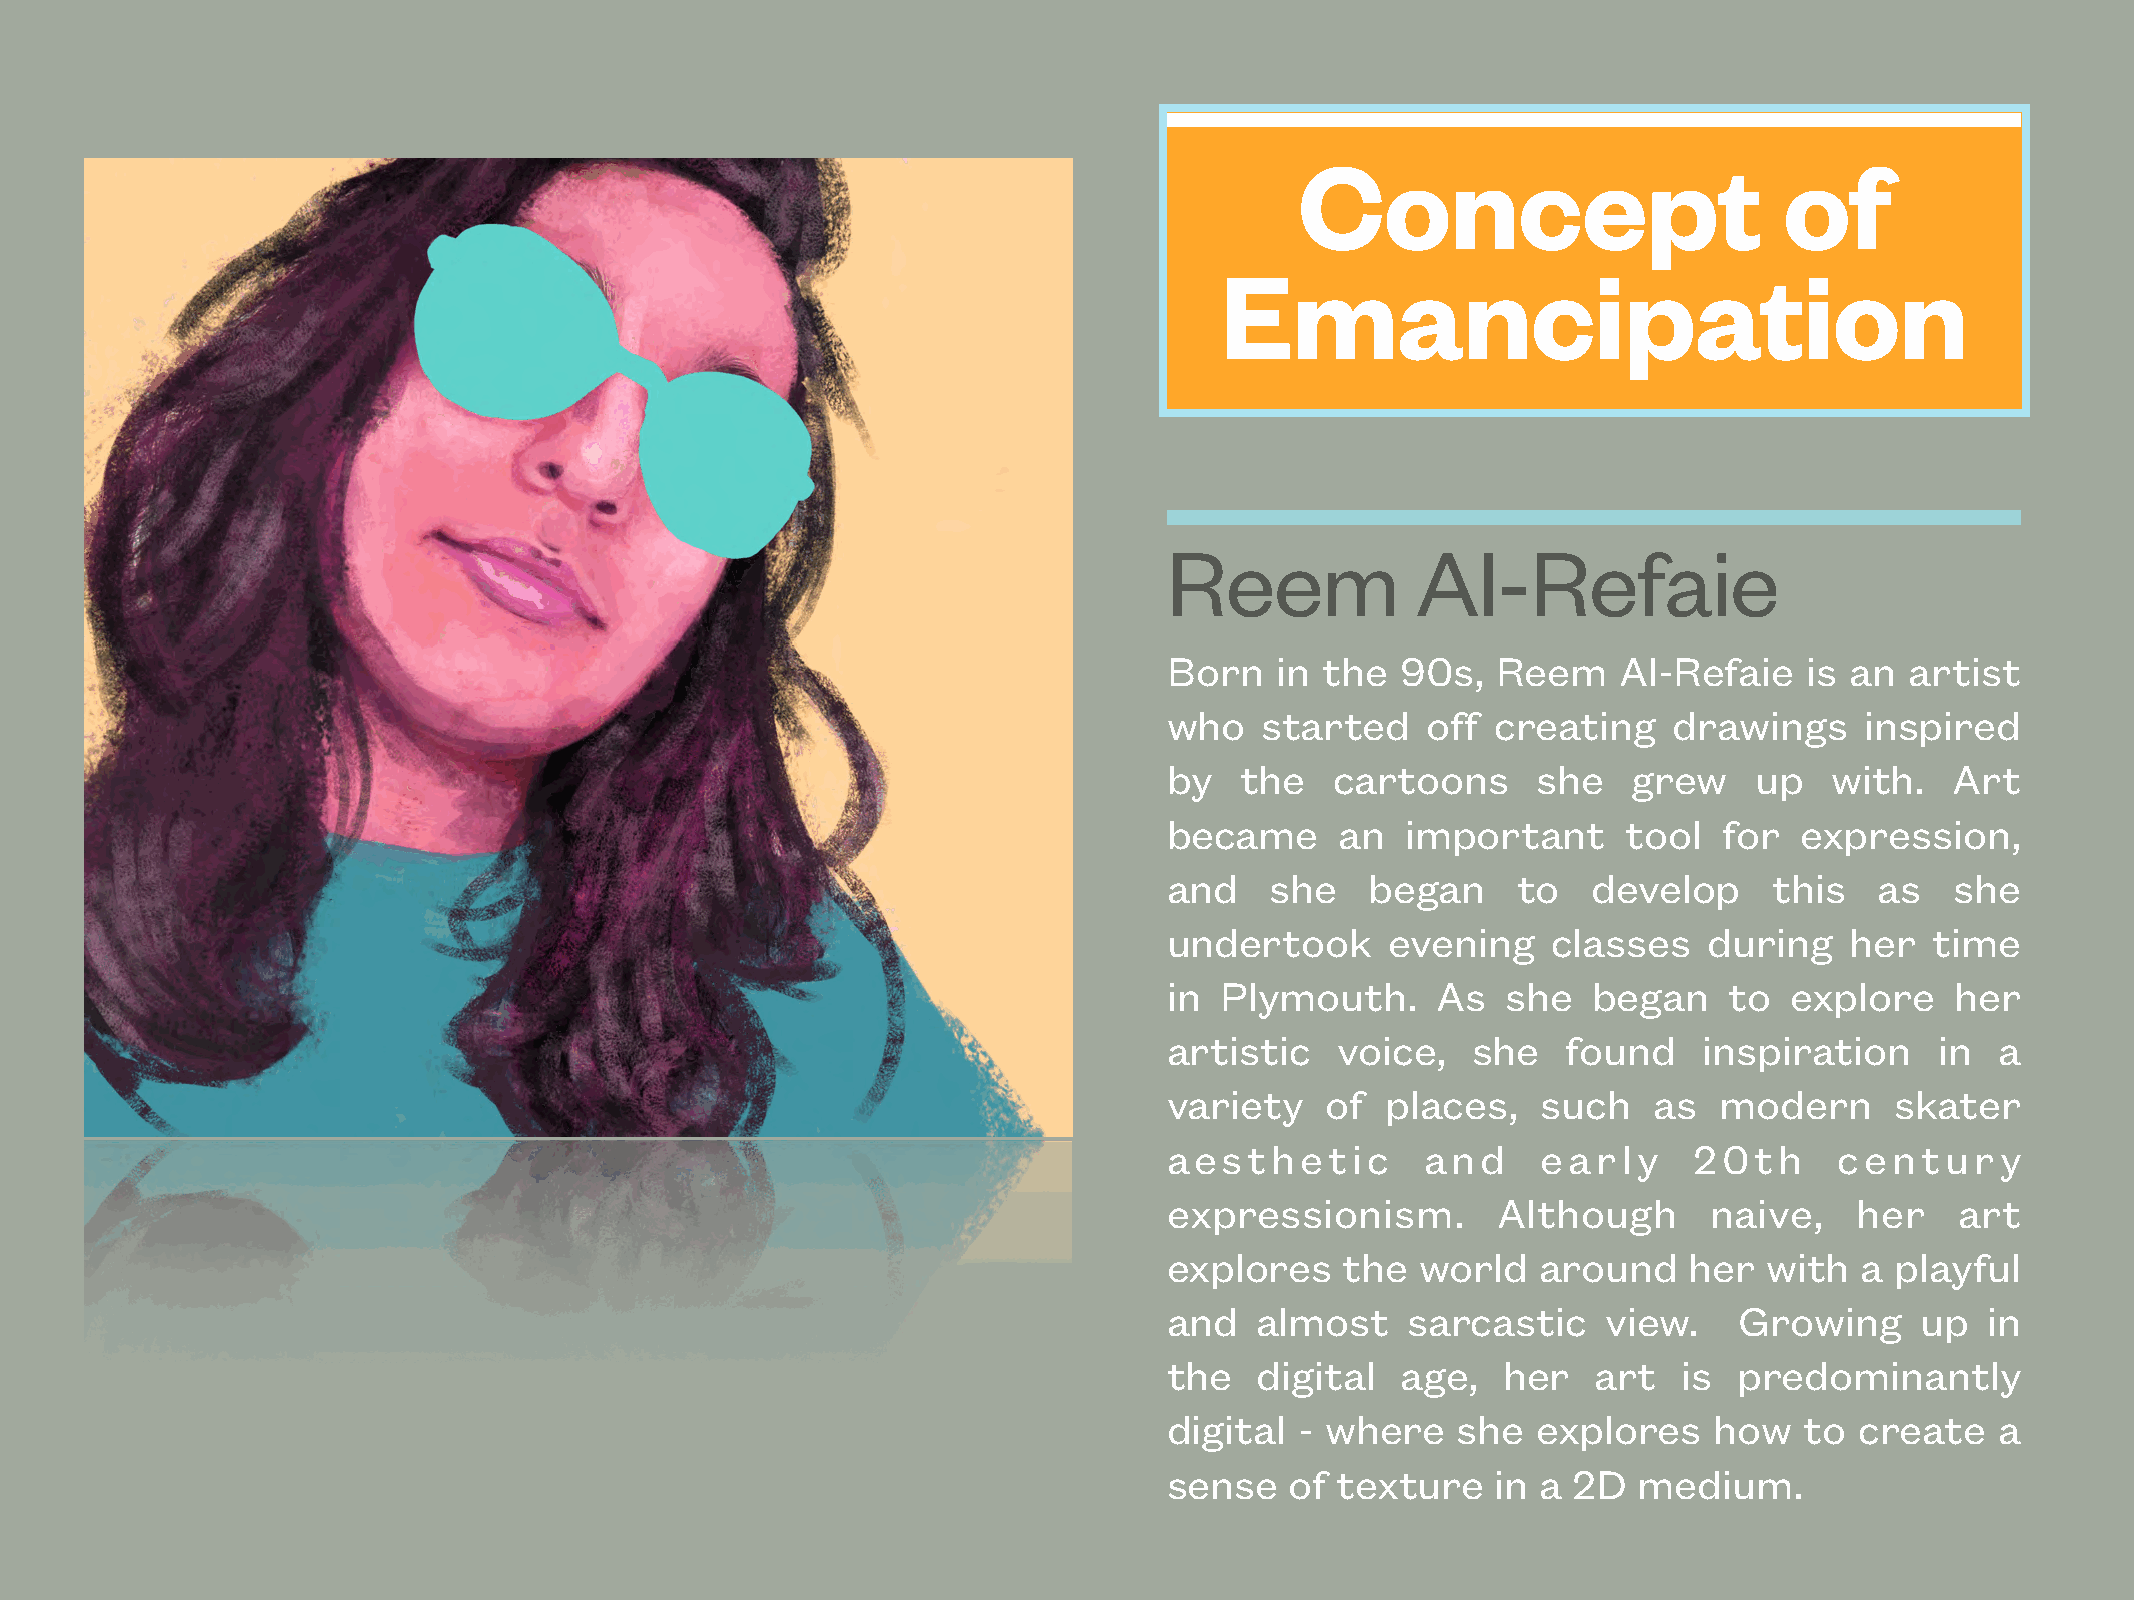
Concept                         of
 Emancipation
 Reem             Al-Refaie
 Born   in  the  90s,  Reem    Al-Refaie    is an artist
 who    started   off  creating    drawings    inspired
 by   the   cartoons      she   grew    up   with.   Art
 became      an  important      tool  for  expression,
 and    she    began    to   develop     this   as   she
 undertook      evening    classes   during   her   time
 in  Plymouth.     As   she  began    to   explore   her
 artistic   voice,   she    found    inspiration    in  a
 variety    of  places,   such   as   modern     skater
 aesthetic        and     early     20th      century
 expressionism.        Although      naive,    her    art
 explores    the  world   around    her  with  a playful
 and   almost    sarcastic    view.    Growing     up   in
 the   digital   age,   her   art  is  predominantly
 digital  - where   she   explores   how   to  create   a
 sense   of  texture   in a 2D  medium.